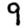
Digit: 9